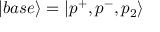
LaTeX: \left| b a s e \right\rangle = \left| p ^ { + } , p ^ { - } , p _ { 2 } \right\rangle